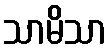
သာမိသာ